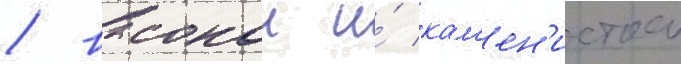
/ высокои и́ кам'ен'истои